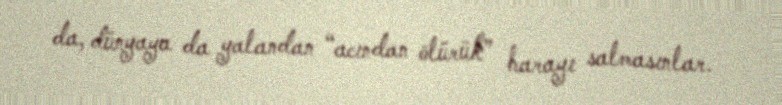
da, dünyaya da yalandan “acından ölürük” harayı salmasınlar.